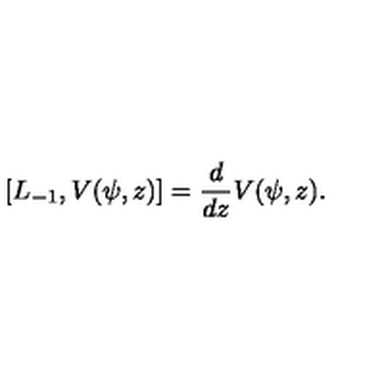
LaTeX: [ L _ { - 1 } , V ( \psi , z ) ] = { \frac { d } { d z } } V ( \psi , z ) .